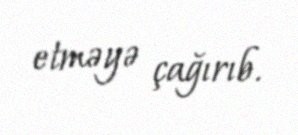
etməyə çağırıb.